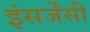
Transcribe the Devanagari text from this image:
इंसर्जेंसी